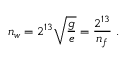
n _ { w } = 2 ^ { 1 3 } \sqrt { \frac { g } { e } } = { \frac { 2 ^ { 1 3 } } { n _ { f } } } \ .